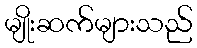
မျိုးဆက်များသည်